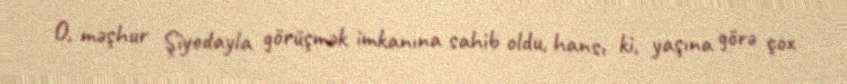
O, məşhur Şiyodayla görüşmək imkanına sahib oldu, hansı ki, yaşına görə çox